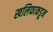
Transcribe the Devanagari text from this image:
खलिफाकडून